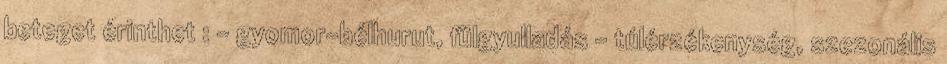
beteget érinthet : - gyomor-bélhurut, fülgyulladás - túlérzékenység, szezonális